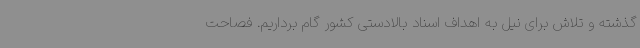
گذشته و تلاش برای نیل به اهداف اسناد بالادستی کشور گام برداریم. فصاحت